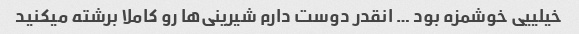
خیلییی خوشمزه بود … انقدر دوست دارم شیرینی‌ها رو کاملا برشته میکنید